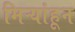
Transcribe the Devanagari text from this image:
मिऱ्यांहून